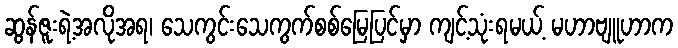
ဆွန်ဇူးရဲ့အလိုအရ၊ သေကွင်းသေကွက်စစ်မြေပြင်မှာ ကျင့်သုံးရမယ့် မဟာဗျူဟာက